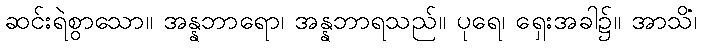
ဆင်းရဲစွာသော။ အန္နဘာရော၊ အန္နဘာရသည်။ ပုရေ၊ ရှေးအခါ၌။ အာသိံ၊